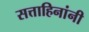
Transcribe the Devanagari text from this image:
सत्ताहिनांनी